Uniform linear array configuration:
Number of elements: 24
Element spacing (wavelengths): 1
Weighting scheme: hamming
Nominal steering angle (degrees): -30
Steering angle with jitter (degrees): -28.18
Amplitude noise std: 0.05
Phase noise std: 0.05

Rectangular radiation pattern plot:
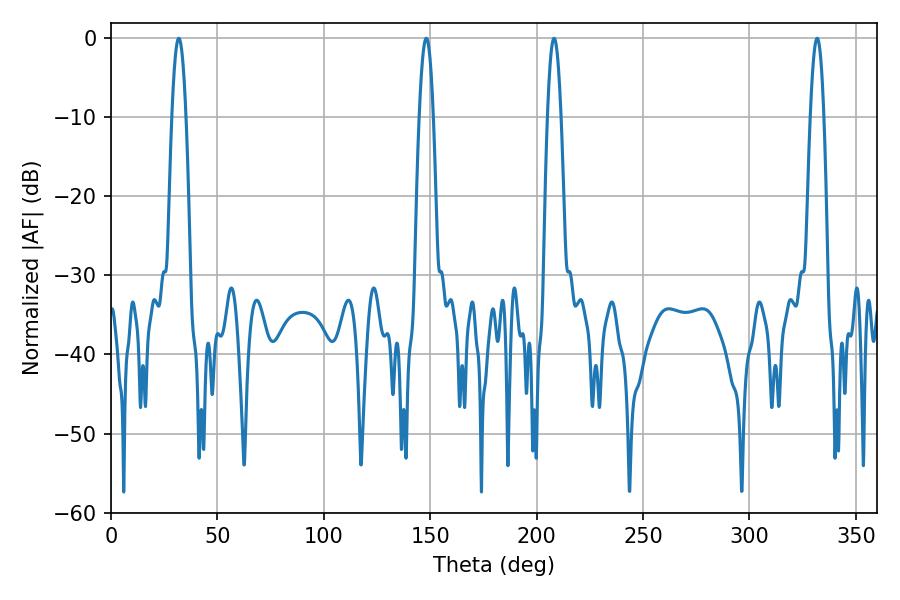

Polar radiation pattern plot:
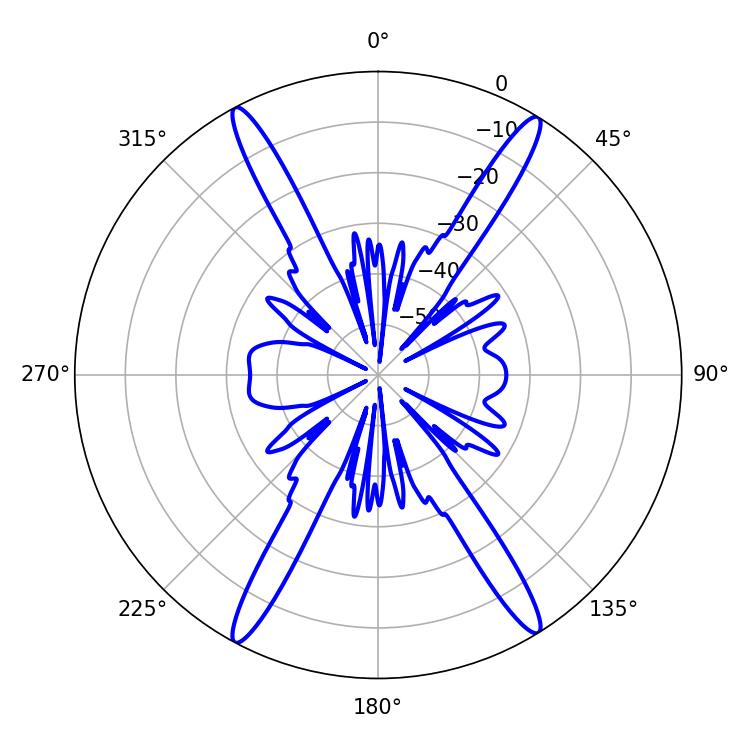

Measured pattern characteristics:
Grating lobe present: TRUE
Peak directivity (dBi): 23.022
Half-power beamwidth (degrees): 3.6
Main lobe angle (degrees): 31.86